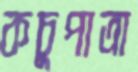
কচুপাত্রা